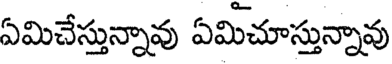
ఏమిచేస్తున్నావు ఏమిచూస్తున్నావు